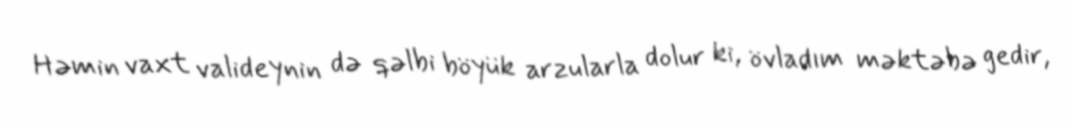
Həmin vaxt valideynin də qəlbi böyük arzularla dolur ki, övladım məktəbə gedir,